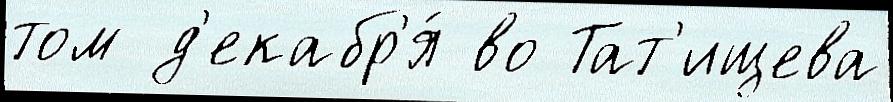
том д'екабр'я́ во Тат'ищева